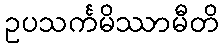
ဥပသင်္ကမိဿာမီတိ